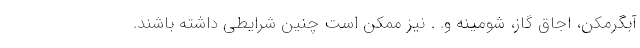
آبگرمکن، اجاق گاز، شومینه و. . نیز ممکن است چنین شرایطی داشته باشند.